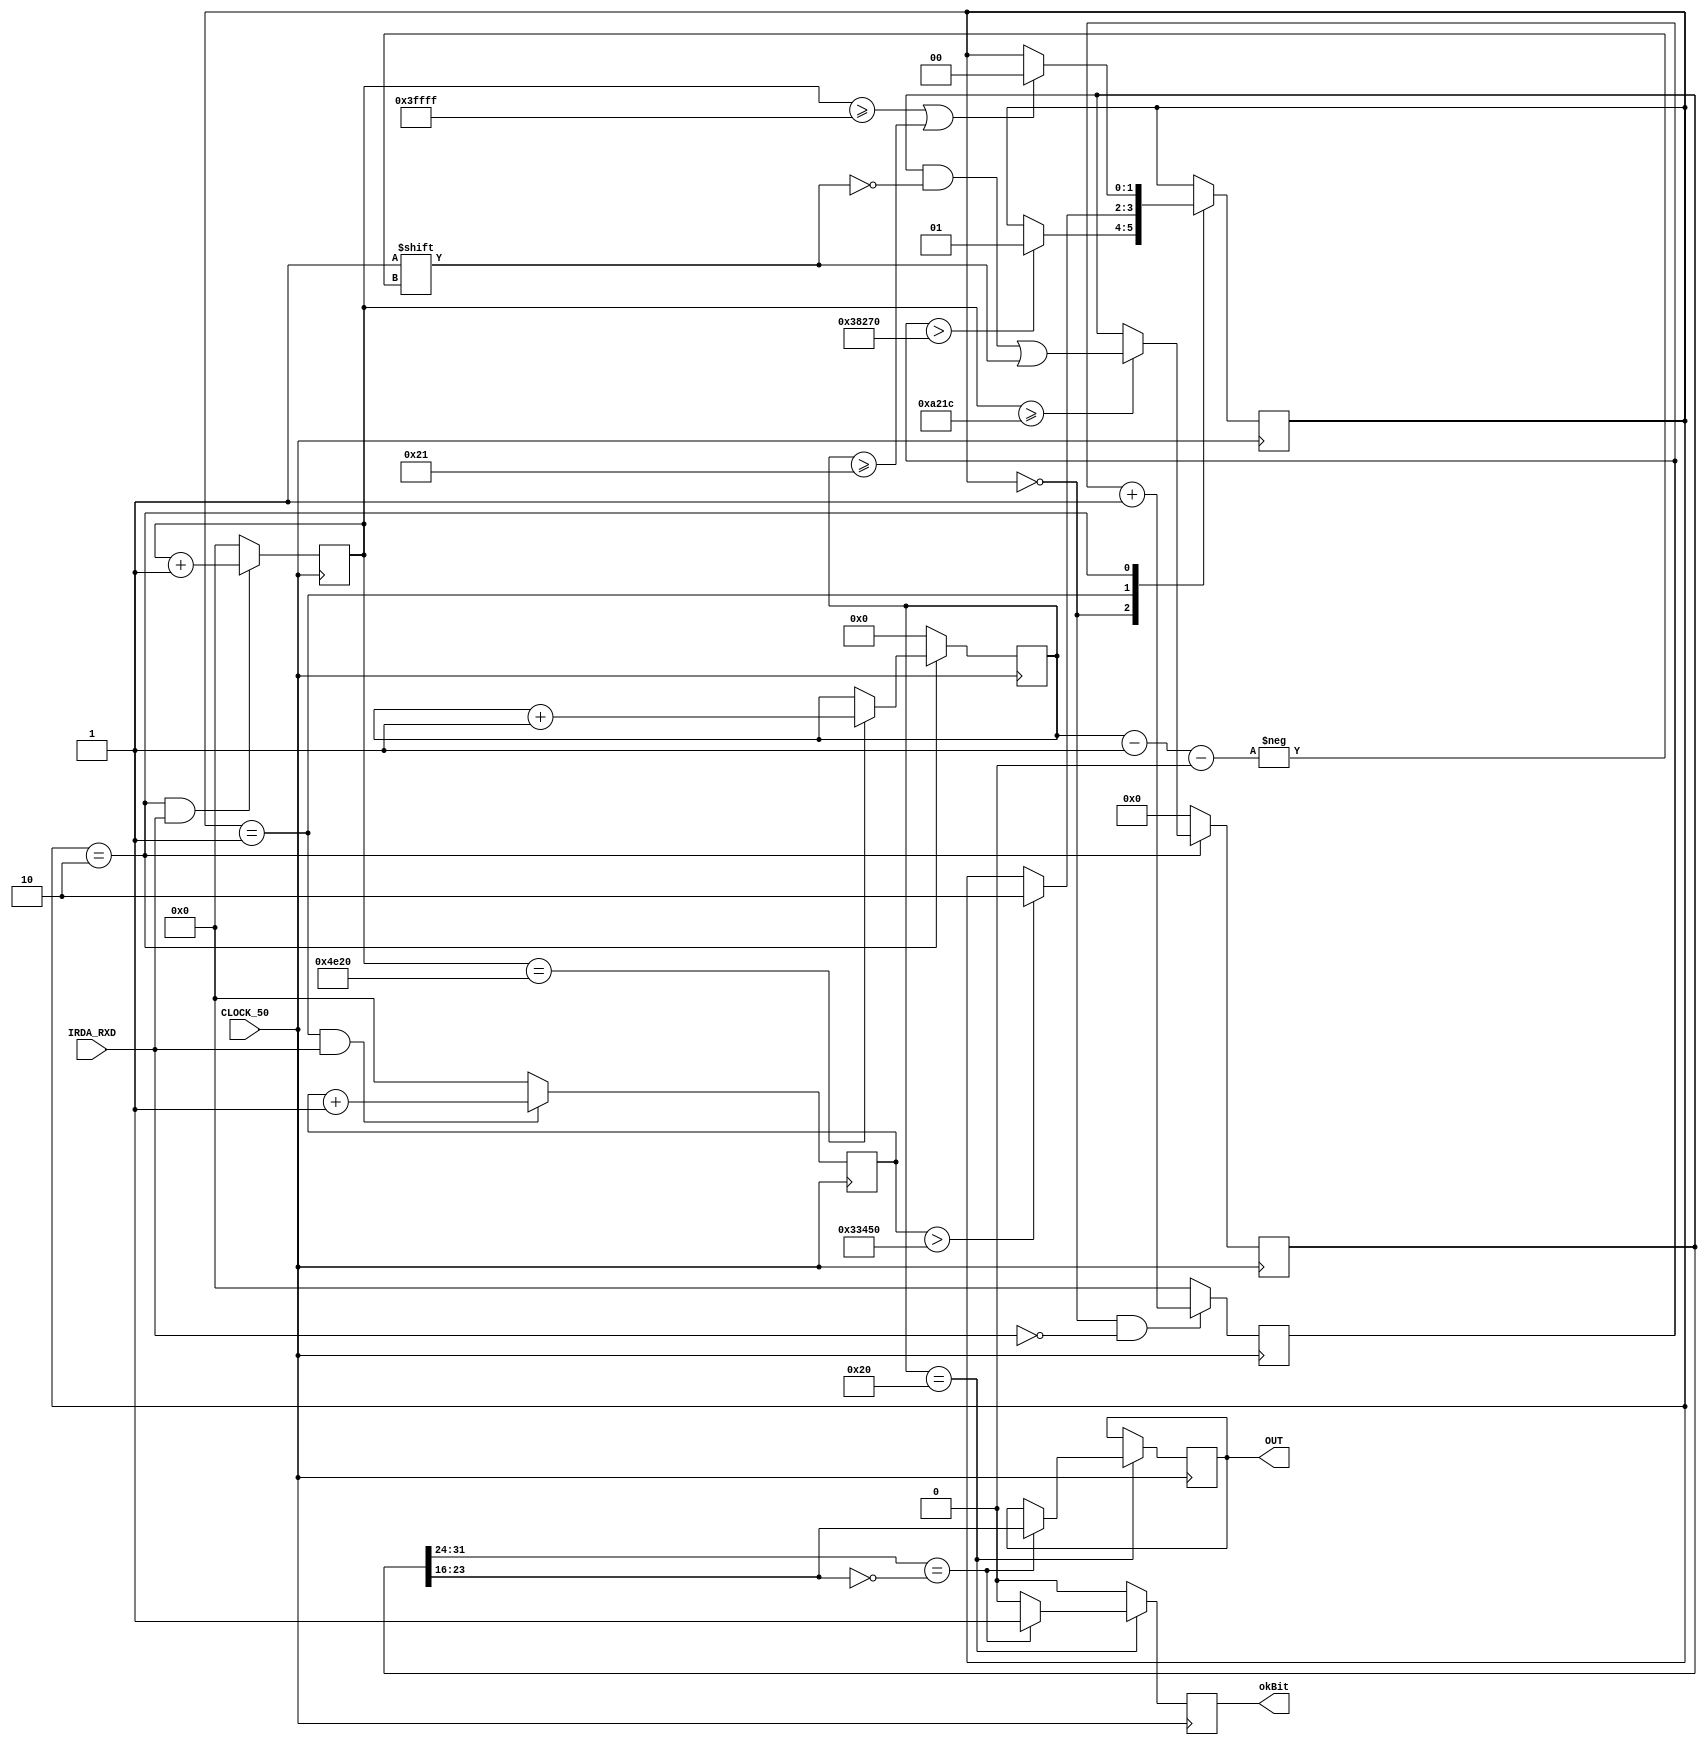
module lastHopeDec(CLOCK_50, IRDA_RXD, okBit, OUT);
	input CLOCK_50, IRDA_RXD;
	output reg okBit;
	output reg[7:0] OUT;

	parameter INFINITY=2'b00;
	parameter LEADCODE=2'b01;
	parameter LEITURA=2'b10;
	
	parameter inf=262143;
	parameter leadCodeTimeLow=230000;
	parameter leadCodeTimeHigh=210000;
	parameter bitTime=41500;

	reg[17:0] infinityCont, leadCodeCont, leituraCont;
	reg[5:0] bitCont;
	reg[1:0] estado;
	reg[31:0] temp;

	always @(posedge CLOCK_50)	begin
		if (estado==INFINITY && !IRDA_RXD) begin
			infinityCont<=infinityCont+1'b1;
		end
		else begin  
			infinityCont <= 0;		      		 	
		end
	end	     		 	
		  
	always @(posedge CLOCK_50) begin
		if (estado == LEADCODE && IRDA_RXD) begin
			leadCodeCont <= leadCodeCont + 1'b1;
		end
		else begin  
			leadCodeCont <= 0;
		end
	end   		 	

	always @(posedge CLOCK_50) begin
		if(estado == LEITURA && IRDA_RXD) begin
			leituraCont <= leituraCont + 1'b1;
		end
		else begin 
			leituraCont <= 1'b0;
		end
	end

	always @(posedge CLOCK_50) begin
		if (estado == LEITURA) begin
			if (leituraCont == 20000) begin
				bitCont <= bitCont + 1'b1;
			end  
		end
		else begin
			bitCont <= 6'b0;
		end
	end

	always @(posedge CLOCK_50) begin
		case(estado)
			INFINITY: begin 
				if (infinityCont>leadCodeTimeLow) begin
					estado<=LEADCODE;
				end
			end
			LEADCODE: begin
				if (leadCodeCont>leadCodeTimeHigh) begin
					estado<=LEITURA;
				end
			end
			LEITURA: begin
				if (leituraCont >= inf || bitCont >= 33) begin
					estado <= INFINITY;
				end
			end
		endcase
	end

	always @(posedge CLOCK_50) begin
		if (estado == LEITURA) begin
			if (leituraCont>=bitTime) begin
				temp[bitCont-1'b1] <= 1'b1;
			end
		end
		else begin
			temp <= 0;
		end
	end
		
	always @(posedge CLOCK_50) begin
		if (bitCont == 32) begin
			if (temp[31:24]==~temp[23:16]) begin		
				OUT=temp[23:16];
				okBit=1;
			end	
			else begin
			  okBit=0;
			end
		end
		else begin
			okBit=0;
		end
	end
endmodule